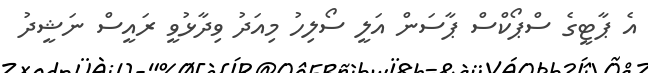
އެ ޕާޓީގެ ސްޕޯކްސް ޕާސަން އަލީ ސޯލިހު މިއަދު ވިދާޅުވީ ރައީސް ނަޝީދު